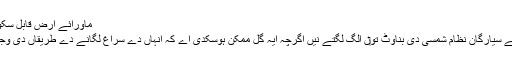
ماورائے ارض قابل سکونت علاقے امید وار برائے پانی [لکھو]
زیادہ تر معلوم ماورائے شمس نظام ہائے سیارگان نظام شمسی دی بناوٹ تو‏ں الگ لگتے نيں اگرچہ ایہ گل ممکن ہوسکدی اے کہ انہاں دے سراغ لگانے دے طریقاں دی وجہ تو‏ں نمونے وچ تعصب موجود ہوئے۔